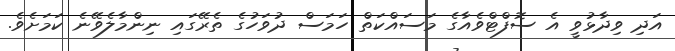
އަދި ވިދާޅުވީ އެ ސޮފްޓްވެއާގެ މަސައްކަތް ހަމަސް ދުވަހުގެ ތެރޭގައި ނިންމާލެވޭނެ ކަމަށެވެ.